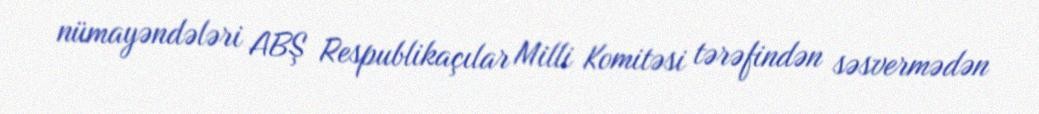
nümayəndələri ABŞ Respublikaçılar Milli Komitəsi tərəfindən səsvermədən